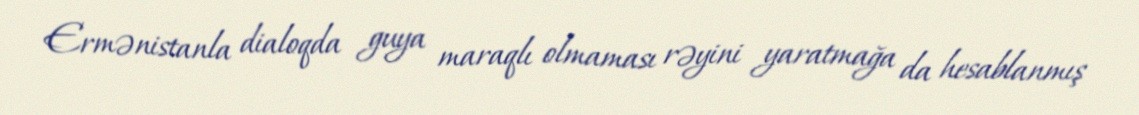
Ermənistanla dialoqda guya maraqlı olmaması rəyini yaratmağa da hesablanmış